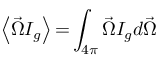
\left\langle \vec { \Omega } I _ { g } \right\rangle \mathrm { = } \int _ { \mathrm { 4 } \pi } \vec { \Omega } I _ { g } d \vec { \Omega }